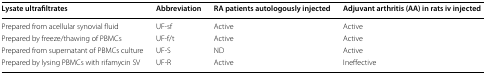
<table><thead><tr><td><b>Lysate ultrafiltrates</b></td><td><b>Abbreviation</b></td><td><b>RA patients autologously injected</b></td><td><b>Adjuvant arthritis (AA) in rats iv injected</b></td></tr></thead><tbody><tr><td>Prepared from acellular synovial fluid</td><td>UF-sf</td><td>Active</td><td>Active</td></tr><tr><td>Prepared by freeze/thawing of PBMCs</td><td>UF-f/t</td><td>Active</td><td>Active</td></tr><tr><td>Prepared from supernatant of PBMCs culture</td><td>UF-S</td><td>ND</td><td>Active</td></tr><tr><td>Prepared by lysing PBMCs with rifamycin SV</td><td>UF-R</td><td>Active</td><td>Ineffective</td></tr></tbody></table>